Indian journal of veterinary science and animal husbandry - Volumes 18-21, 1948-1951
Year: 1948
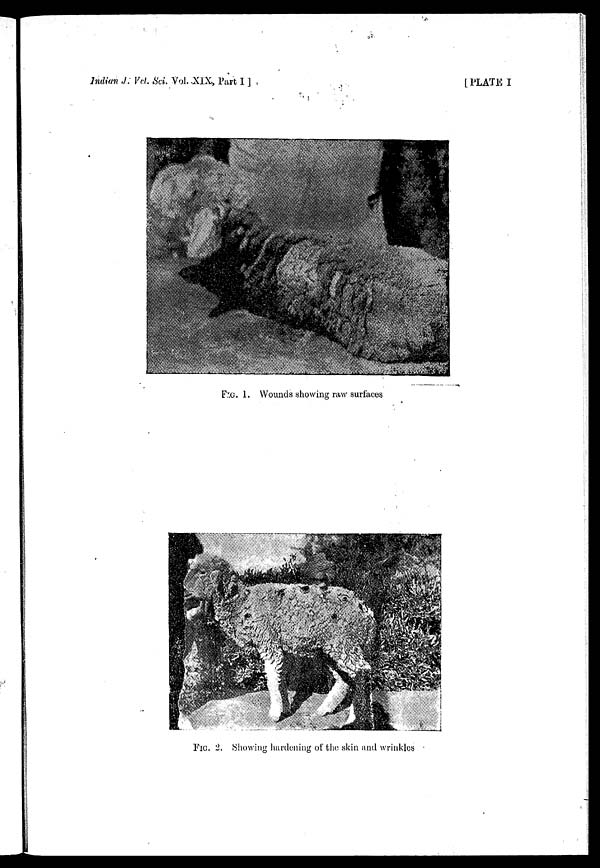
Indian J. Vet. Sci. Vol. XIX, Part I]
[PLATE I
FIG. 1. Wounds showing raw surfaces
FIG. 2. Showing hardening of the skin and wrinkles